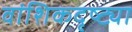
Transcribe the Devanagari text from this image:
वांशिकदृष्ट्या